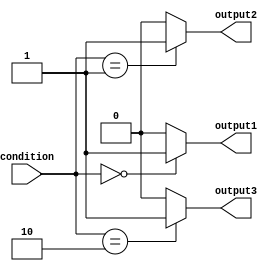
module parallel_case_statement (
    input wire [1:0] condition,
    output reg output1, output reg output2, output reg output3
);

always @*
begin
    case (condition)
        2'b00: begin
            // code for condition 00
            output1 <= 1;
            output2 <= 0;
            output3 <= 0;
        end
        
        2'b01: begin
            // code for condition 01
            output1 <= 0;
            output2 <= 1;
            output3 <= 0;
        end
        
        2'b10: begin
            // code for condition 10
            output1 <= 0;
            output2 <= 0;
            output3 <= 1;
        end
        
        default: begin
            // default code
            output1 <= 0;
            output2 <= 0;
            output3 <= 0;
        end
    endcase
end

endmodule